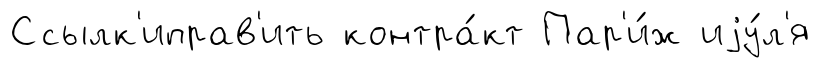
Ссылк'иправ'ить контра́кт Пар'и́ж иjу́л'я